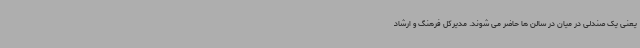
یعنی یک صندلی در میان در سالن ها حاضر می شوند. مدیرکل فرهنگ و ارشاد